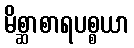
မိစ္ဆာစာရပစ္စယာ